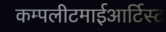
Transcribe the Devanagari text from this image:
कम्पलीटमाईआर्टिस्ट